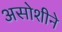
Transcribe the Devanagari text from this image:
असोशीने